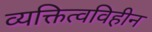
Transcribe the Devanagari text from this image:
व्यक्तित्वविहीन